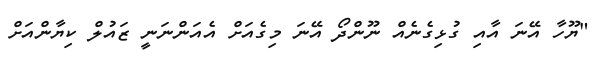
"ޔޫހާ އޭނަ އާއި ގުޅިގެނެއް ނޫންދޯ އޭނަ މިގެއަށް އެއަންނަނީ ޒައުލް ކިޔާންއަށް